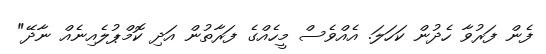
ފެން ފަރުވާ ހެދުން ކަހަލަ. އެއްވެސް މީހެއްގެ ފަރާތުން އަދި ކޮމްޕުލެއިނެއް ނާދޭ"